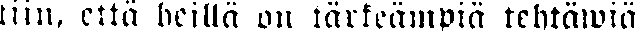
tiin, että heillä on tärkeämpiä tehtäwiä